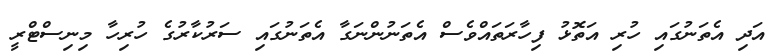
އަދި އެތަނުގައި ހުރި އަތޮޅު ފިހާރަތައްވެސް އެތަނުންނަގާ އެތަނުގައި ސަރުކާރުގެ ހުރިހާ މިނިސްޓްރީ